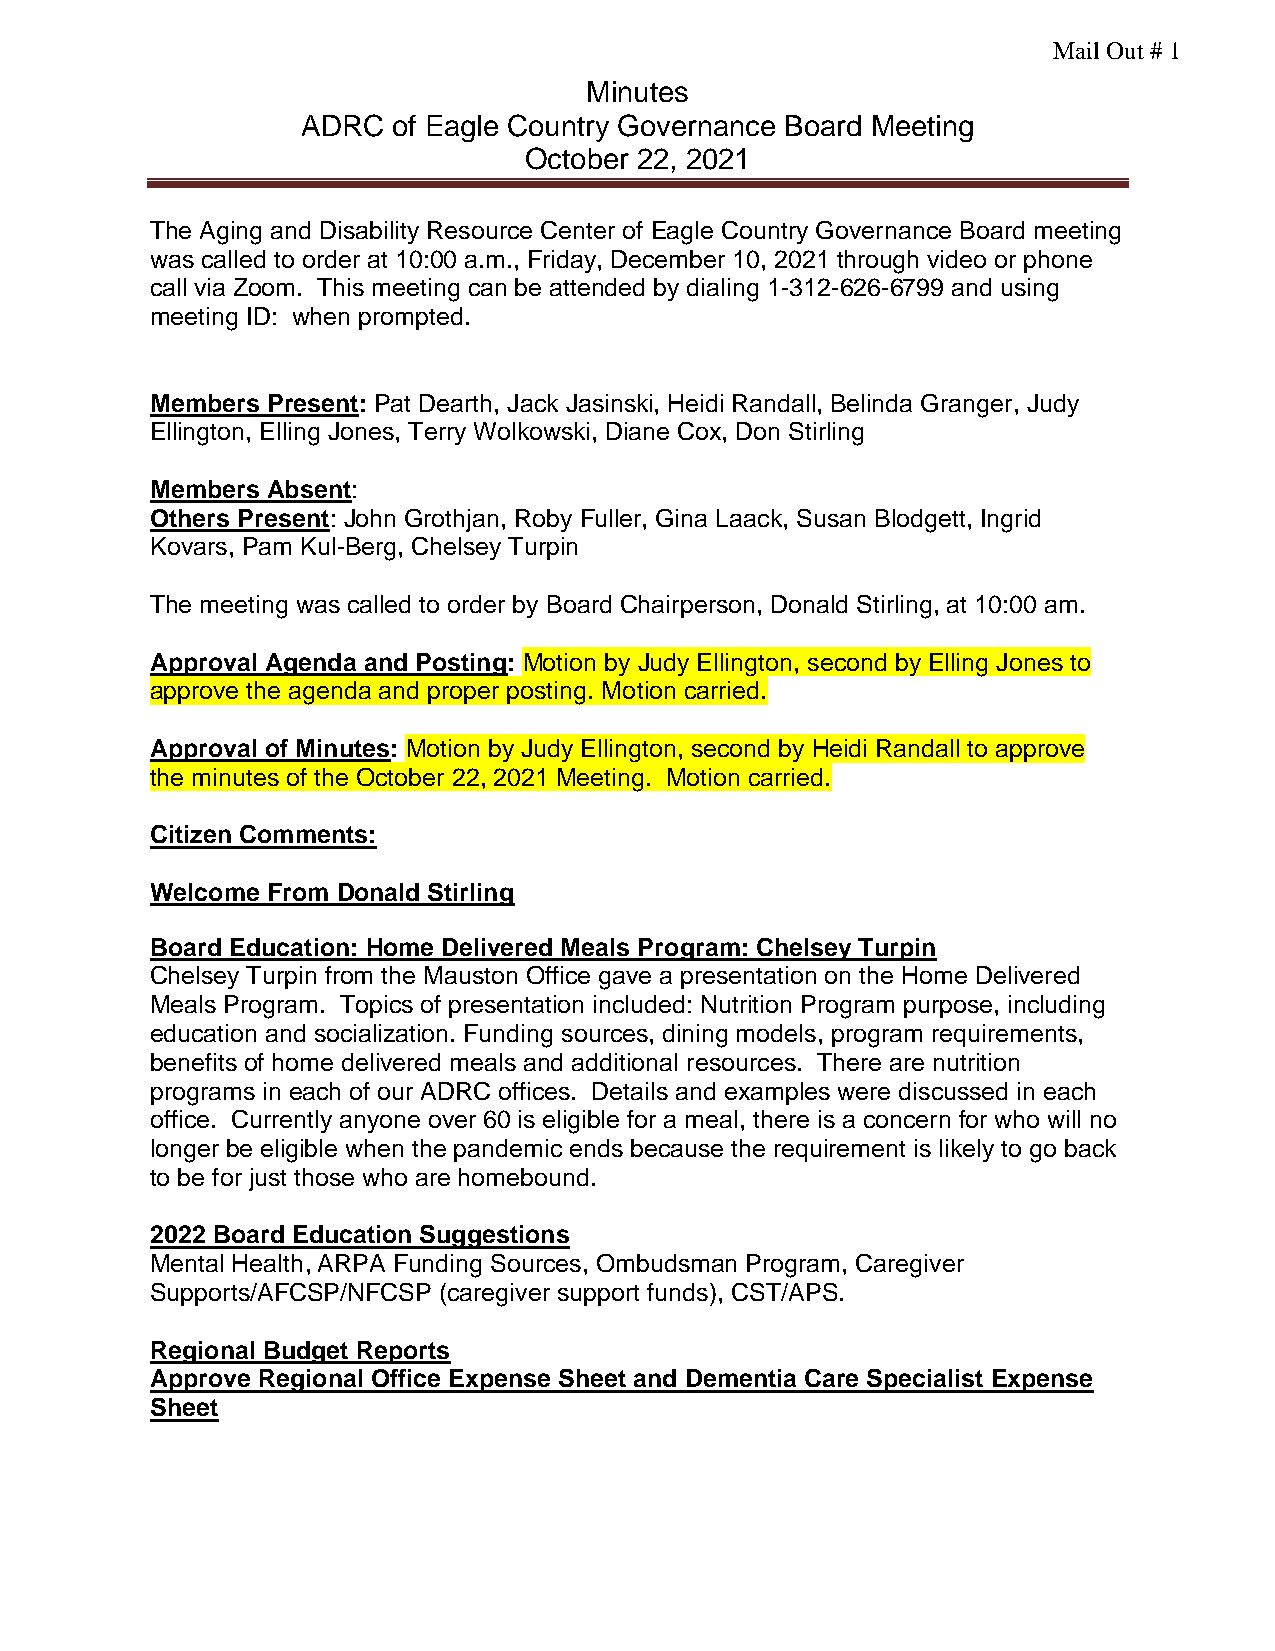
Mail Out # 1
 Minutes
 ADRC  of Eagle Country Governance Board Meeting
 October 22, 2021
 The Aging and Disability Resource Center of Eagle Country Governance Board meeting
 was called to order at 10:00 a.m., Friday, December 10, 2021 through video or phone
 call via Zoom. This meeting can be attended by dialing 1-312-626-6799 and using
 meeting ID: when prompted.
 Members Present: Pat Dearth, Jack Jasinski, Heidi Randall, Belinda Granger, Judy
 Ellington, Elling Jones, Terry Wolkowski, Diane Cox, Don Stirling
 Members Absent:
 Others Present: John Grothjan, Roby Fuller, Gina Laack, Susan Blodgett, Ingrid
 Kovars, Pam Kul-Berg, Chelsey Turpin
 The meeting was called to order by Board Chairperson, Donald Stirling, at 10:00 am.
 Approval Agenda and Posting: Motion by Judy Ellington, second by Elling Jones to
 approve the agenda and proper posting. Motion carried.
 Approval of Minutes: Motion by Judy Ellington, second by Heidi Randall to approve
 the minutes of the October 22, 2021 Meeting. Motion carried.
 Citizen Comments:
 Welcome From Donald Stirling
 Board Education: Home Delivered Meals Program: Chelsey Turpin
 Chelsey Turpin from the Mauston Office gave a presentation on the Home Delivered
 Meals Program. Topics of presentation included: Nutrition Program purpose, including
 education and socialization. Funding sources, dining models, program requirements,
 benefits of home delivered meals and additional resources. There are nutrition
 programs in each of our ADRC offices. Details and examples were discussed in each
 office. Currently anyone over 60 is eligible for a meal, there is a concern for who will no
 longer be eligible when the pandemic ends because the requirement is likely to go back
 to be for just those who are homebound.
 2022 Board Education Suggestions
 Mental Health, ARPA Funding Sources, Ombudsman Program, Caregiver
 Supports/AFCSP/NFCSP (caregiver support funds), CST/APS.
 Regional Budget Reports
 Approve Regional Office Expense Sheet and Dementia Care Specialist Expense
 Sheet